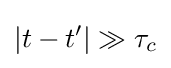
|t-t'|\gg \tau _{c}